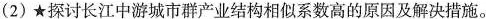
(2)★探讨长江中游城市群产业结构相似系数高的原因及解决措施。